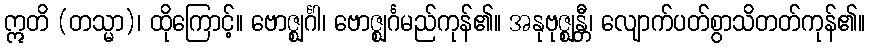
ဣတိ (တသ္မာ)၊ ထိုကြောင့်။ ဗောဇ္ဈင်္ဂါ၊ ဗောဇ္ဈင်္ဂမည်ကုန်၏။ အနုဗုဇ္ဈန္တီ၊ လျောက်ပတ်စွာသိတတ်ကုန်၏။